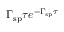
\Gamma _ { \mathrm { s p } } \tau e ^ { - \Gamma _ { \mathrm { s p } } \tau }